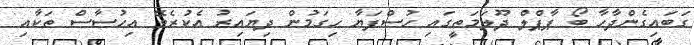
ގަބައިގެންދާހާ ބޯ ޕާޕްލް ދޫލަމަތީގައި ހުސްފަޔާ ހިގަމުން ދިޔައިރު އެކުރެވޭ އިހުސާސް ތަކާއި